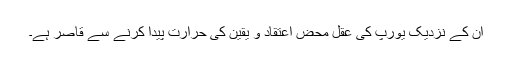
ان کے نزدیک یورپ کی عقل محض اعتقاد و یقین کی حرارت پیدا کرنے سے قاصر ہے۔